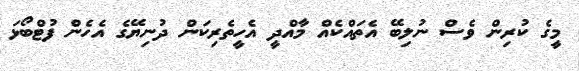
މީގެ ކުރިން ވެސް ނުލިބޭ އެތައްކެއް މާއްދީ އެހީތެރިކަން ދުނިޔޭގެ އެހެން ފުޓްބޯޅަ